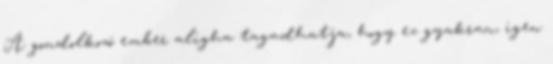
A gondolkozó ember aligha tagadhatja, hogy ez gyakran, igen